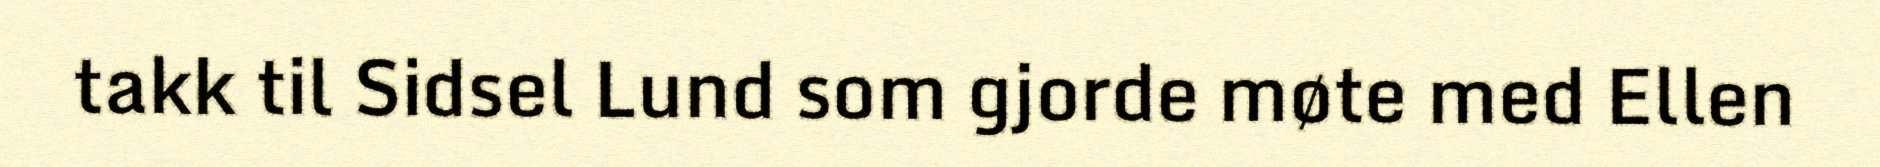
takk til Sidsel Lund som gjorde møte med Ellen